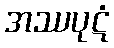
အဿပုဋံ